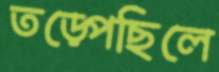
তড়্‌পেছিলে